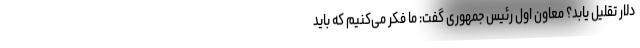
دلار تقلیل یابد؟ معاون اول رئیس جمهوری گفت: ما فکر می‌کنیم که باید